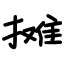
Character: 摊